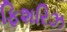
ફિશરિઝ